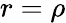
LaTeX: r=\rho